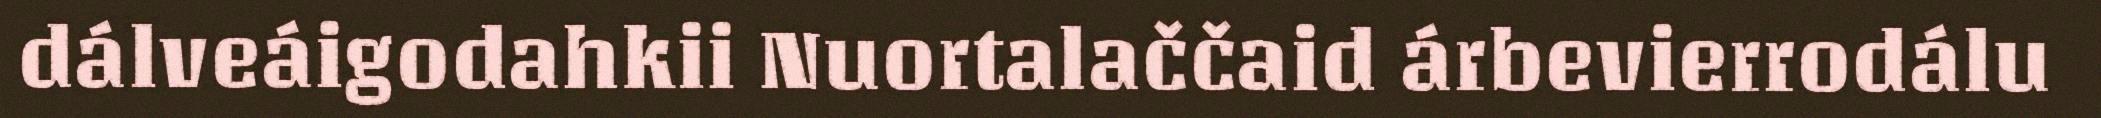
dálveáigodahkii Nuortalaččaid árbevierrodálu